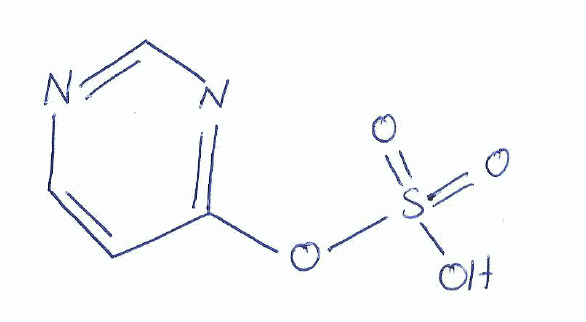
Simplified molecular-input line-entry system (SMILES) notation of the given molecule:
C1=CN=CN=C1OS(=O)(=O)O